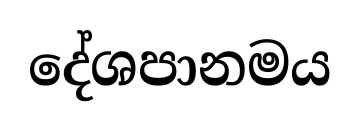
දේශපානමය